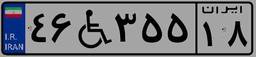
۴۶W۳۵۵۱۸